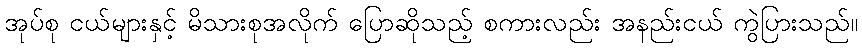
အုပ်စု ငယ်များနှင့် မိသားစုအလိုက် ပြောဆိုသည့် စကားလည်း အနည်းငယ် ကွဲပြားသည်။